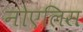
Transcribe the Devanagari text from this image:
नोएलिस